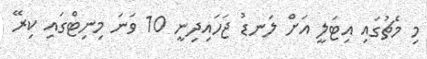
މި މެޗުގައި އިޓަލީ އަށް ލަނޑު ޖަހައިދިނީ 10 ވަނަ މިނިޓްގައި ކިރޭ